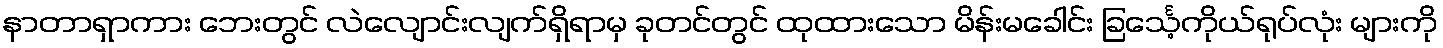
နာတာရှာကား ဘေးတွင် လဲလျောင်းလျက်ရှိရာမှ ခုတင်တွင် ထုထားသော မိန်းမခေါင်း ခြင်္သေ့ကိုယ်ရုပ်လုံး များကို